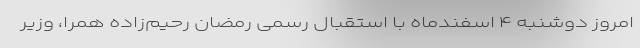
امروز دوشنبه ۴ اسفندماه با استقبال رسمی رمضان رحیم‌زاده همرا، وزیر